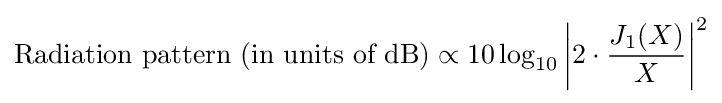
\displaystyle {\text{Radiation pattern (in units of dB)}}\propto 10\log _{10}\left|2\cdot {\frac {J_{1}(X)}{X}}\right|^{2}